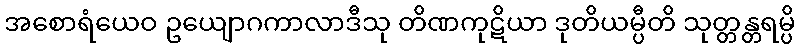
အစောရံယေဝ ဥယျောဂကာလာဒီသု တိဏကုဋိယာ ဒုတိယမ္ပီတိ သုတ္တန္တရမ္ပိ